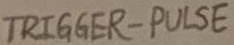
Text: TRIGGER-PULSE